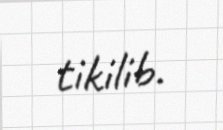
tikilib.